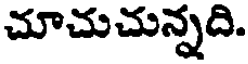
చూచుచున్నది.